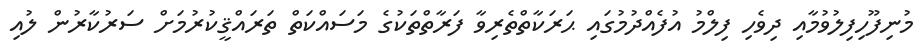
މުނިފޫހިފިލުވުމާއި ދިވެހި ފިލްމު އުފެއްދުމުގައި ޙަރަކާތްތެރިވާ ފަރާތްތަކުގެ މަސައްކަތް ތަރައްޤީކުރުމަށް ސަރުކާރުން ލުއި